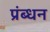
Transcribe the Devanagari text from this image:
प्रंब्धन